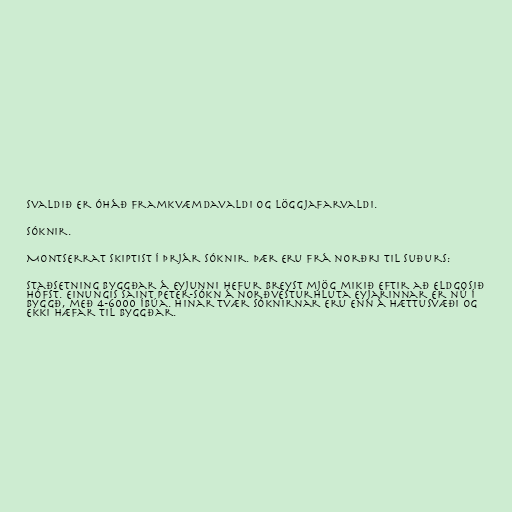
svaldið er óháð framkvæmdavaldi og löggjafarvaldi.

Sóknir.

Montserrat skiptist í þrjár sóknir. Þær eru frá norðri til suðurs:

Staðsetning byggðar á eyjunni hefur breyst mjög mikið eftir að eldgosið
hófst. Einungis Saint Peter-sókn á norðvesturhluta eyjarinnar er nú í
byggð, með 4-6000 íbúa. Hinar tvær sóknirnar eru enn á hættusvæði og
ekki hæfar til byggðar.